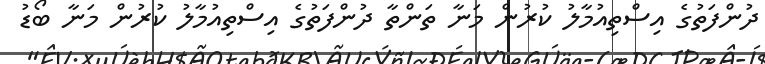
ދުންފަތުގެ އިސްތިއުމާލު ކުރުން މަނާ ތަންތާ ދުންފަތުގެ އިސްތިއުމާލު ކުރުން މަނާ ބޯޑު